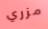
مزري